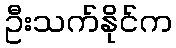
ဦးသက်နိုင်က